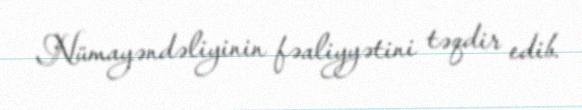
Nümayəndəliyinin fəaliyyətini təqdir edib.